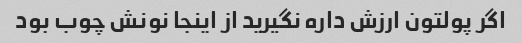
اگر پولتون ارزش داره نگیرید از اینجا نونش چوب بود